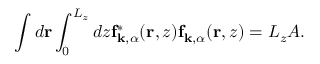
\int d \mathbf { r } \int _ { 0 } ^ { L _ { z } } d z \mathbf { f } _ { \mathbf { k } , \alpha } ^ { * } ( \mathbf { r } , z ) \mathbf { f } _ { \mathbf { k } , \alpha } ( \mathbf { r } , z ) = L _ { z } A .